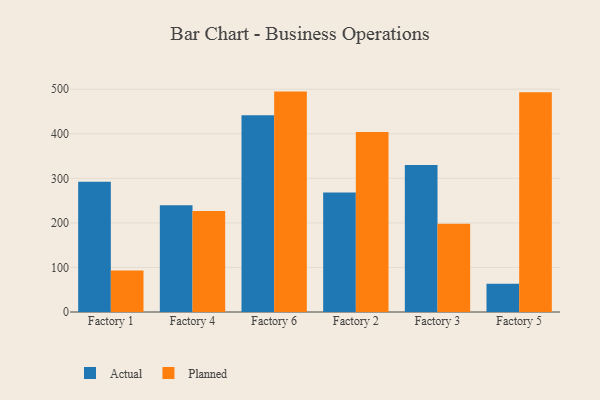
{"axis": {"x": "Factory", "y": "Temperature (°C)"}, "legend": ["Actual", "Planned"], "data": [{"x": "Factory 1", "y": 292.4, "type": "Actual"}, {"x": "Factory 1", "y": 92.9, "type": "Planned"}, {"x": "Factory 4", "y": 239.3, "type": "Actual"}, {"x": "Factory 4", "y": 226.5, "type": "Planned"}, {"x": "Factory 6", "y": 441.6, "type": "Actual"}, {"x": "Factory 6", "y": 494.6, "type": "Planned"}, {"x": "Factory 2", "y": 268.4, "type": "Actual"}, {"x": "Factory 2", "y": 404.1, "type": "Planned"}, {"x": "Factory 3", "y": 329.8, "type": "Actual"}, {"x": "Factory 3", "y": 198.1, "type": "Planned"}, {"x": "Factory 5", "y": 63.5, "type": "Actual"}, {"x": "Factory 5", "y": 493.0, "type": "Planned"}]}